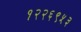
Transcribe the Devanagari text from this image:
१२२६९५३